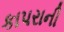
કાપરાની